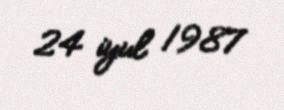
24 iyul 1987